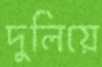
দুলিয়ে